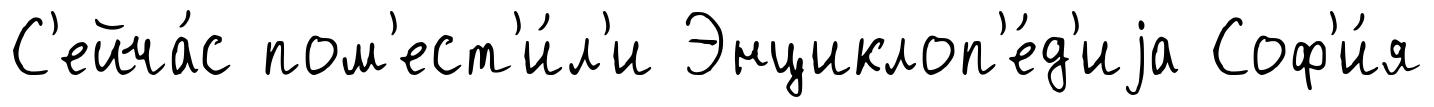
С'ейча́с пом'ест'и́л'и Энциклоп'е́д'иjа Соф'и́я